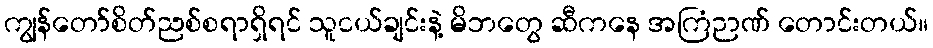
ကျွန်တော်စိတ်ညစ်စရာရှိရင် သူငယ်ချင်းနဲ့ မိဘတွေ ဆီကနေ အကြံဉာဏ် တောင်းတယ်။